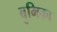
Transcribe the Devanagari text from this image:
बुमिका